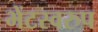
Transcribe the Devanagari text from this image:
भेंटस्‍वरुप